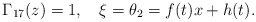
\begin{align*}\Gamma_{17}(z)=1, \ \ \ \xi=\theta_{2}=f(t)x+h(t).\end{align*}